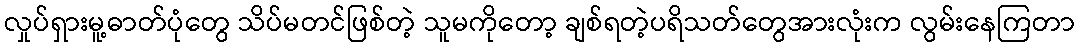
လှုပ်ရှားမူ့ဓာတ်ပုံတွေ သိပ်မတင်ဖြစ်တဲ့ သူမကိုတော့ ချစ်ရတဲ့ပရိသတ်တွေအားလုံးက လွမ်းနေကြတာ